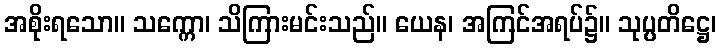
အစိုးရသော။ သက္ကော၊ သိကြားမင်းသည်။ ယေန၊ အကြင်အရပ်၌။ သုပ္ပတိဋ္ဌေ၊